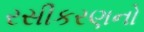
રસીકરણનો